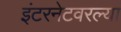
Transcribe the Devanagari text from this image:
इंटरनेटवरल्या